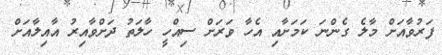
ފަރުވާއަށް މާލެ ގެންނަ ކަމަށާއި އެހާ ވަރަށް ސިއްހީ ހާލަތު ދަށްވާއިރު އާއިލާއަށް